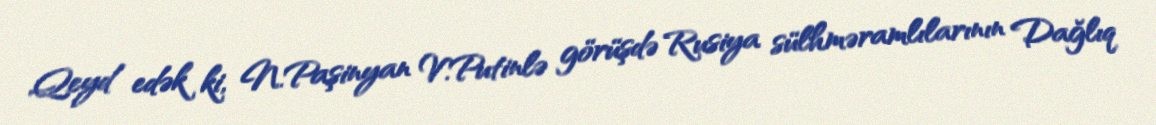
Qeyd edək ki, N.Paşinyan V.Putinlə görüşdə Rusiya sülhməramlılarının Dağlıq